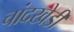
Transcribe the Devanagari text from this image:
चांदखेडी